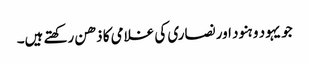
جو یہود و ہنود اور نصاری کی غلامی کا ذھن رکھتے ہیں۔